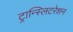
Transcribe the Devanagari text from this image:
ट्रान्स्लिटरेशन